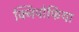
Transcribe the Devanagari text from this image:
क्निपोफिया